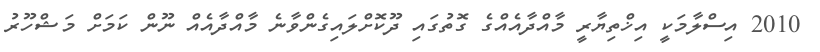
2010 އިސްލާމަކީ އިޚްތިޔާރީ މާއްދާއެއްގެ ގޮތުގައި ދޫކޮށްލައިގެންވާނެ މާއްދާއެއް ނޫން ކަމަށް މަޝްހޫރު